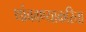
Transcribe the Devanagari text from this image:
थांबवण्याकरिता